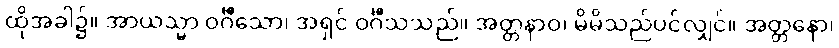
ထိုအခါ၌။ အာယသ္မာ ဝင်္ဂီသော၊ အရှင် ဝင်္ဂီသသည်။ အတ္တနာဝ၊ မိမိသည်ပင်လျှင်။ အတ္တနော၊